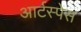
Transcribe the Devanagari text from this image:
आर्टस्पेस